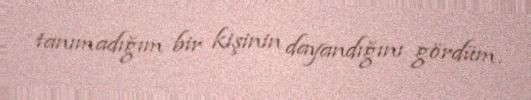
tanımadığım bir kişinin dayandığını gördüm.